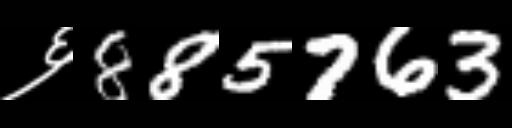
Text: ६885763